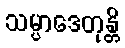
သမ္ပာဒေတုန္တိ